Indian journal of veterinary science and animal husbandry - Volume 12,
Year: 1942
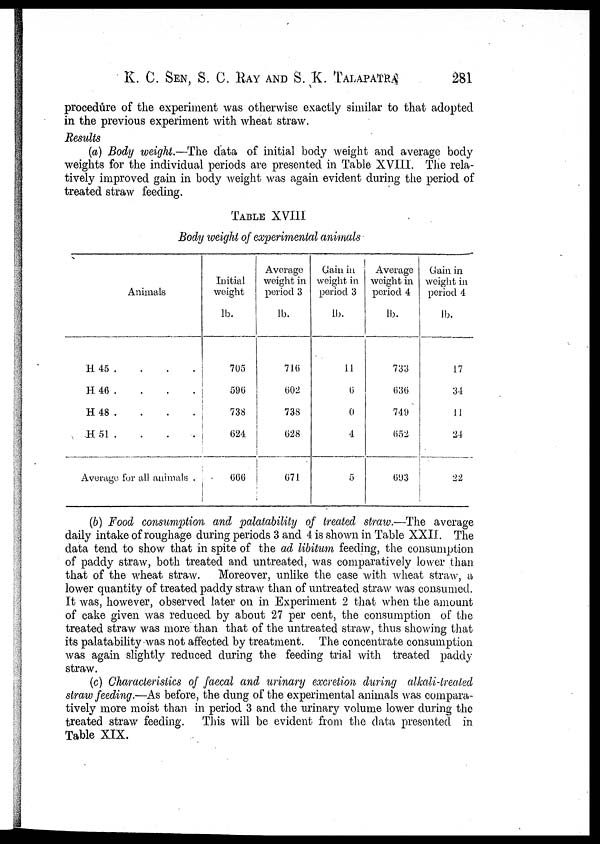
K. C. SEN, S. C. RAY AND S. K. TALAPATRA 281
procedure of the experiment was otherwise exactly similar to that adopted
in the previous experiment with wheat straw.
Results
(a) Body weight.—The data of initial body weight and average body
weights for the individual periods are presented in Table XVIII. The rela-
tively improved gain in body weight was again evident during the period of
treated straw feeding.
TABLE XVIII
Body weight of experimental animals
Animals
H 45 . . . .
H 46 . . . .
H 48 . . . .
H 51 . . . .
Average for all animals .
Initial
weight
lb.
705
596
738
624
666
Average-
weight in
period 3
lb.
716
602
738
628
671
Gain in
weight in
period 3
lb.
11
6
0
4
5
Average
weight in
period 4
lb.
733
636
749
652
693
Gain in
weight in
period 4
lb.
17
34
11
24
22
(b) Food consumption and palatability of treated straw.—The average
daily intake of roughage during periods 3 and 4 is shown in Table XXII. The
data tend to show that in spite of the ad libitum feeding, the consumption
of paddy straw, both treated and untreated, was comparatively lower than
that of the wheat straw. Moreover, unlike the case with wheat straw, a
lower quantity of treated paddy straw than of untreated straw was consumed.
It was, however, observed later on in Experiment 2 that when the amount
of cake given was reduced by about 27 per cent, the consumption of the
treated straw was more than that of the untreated straw, thus showing that
its palatability was not affected by treatment. The concentrate consumption
was again slightly reduced during the feeding trial with treated paddy
straw.
(c) Characteristics of faecal and urinary excretion during alkali-treated
straw feeding.—As before, the dung of the experimental animals was compara-
tively more moist than in period 3 and the urinary volume lower during the
treated straw feeding.
This will be evident from the data presented in
Table XIX.